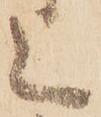
上